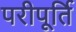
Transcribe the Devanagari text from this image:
परीपूर्ति